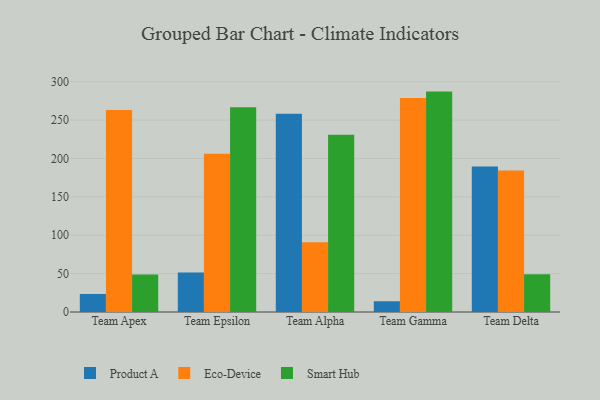
{"axis": {"x": "Team", "y": "Budget (USD K)"}, "legend": ["Eco-Device", "Product A", "Smart Hub"], "data": [{"x": "Team Apex", "y": 23.5, "type": "Product A"}, {"x": "Team Apex", "y": 263.1, "type": "Eco-Device"}, {"x": "Team Apex", "y": 48.8, "type": "Smart Hub"}, {"x": "Team Epsilon", "y": 51.3, "type": "Product A"}, {"x": "Team Epsilon", "y": 206.2, "type": "Eco-Device"}, {"x": "Team Epsilon", "y": 266.8, "type": "Smart Hub"}, {"x": "Team Alpha", "y": 258.4, "type": "Product A"}, {"x": "Team Alpha", "y": 90.7, "type": "Eco-Device"}, {"x": "Team Alpha", "y": 230.9, "type": "Smart Hub"}, {"x": "Team Gamma", "y": 14.0, "type": "Product A"}, {"x": "Team Gamma", "y": 278.7, "type": "Eco-Device"}, {"x": "Team Gamma", "y": 287.1, "type": "Smart Hub"}, {"x": "Team Delta", "y": 189.4, "type": "Product A"}, {"x": "Team Delta", "y": 184.4, "type": "Eco-Device"}, {"x": "Team Delta", "y": 49.2, "type": "Smart Hub"}]}